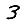
Digit: 3